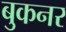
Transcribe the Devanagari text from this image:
बुकनर